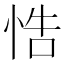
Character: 悎